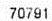
70791